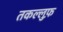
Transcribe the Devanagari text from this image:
तकल्लुफ़